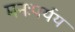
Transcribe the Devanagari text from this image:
मनःपर्यय